Vabadussoja_Ajaloo_Komitee, lk 20
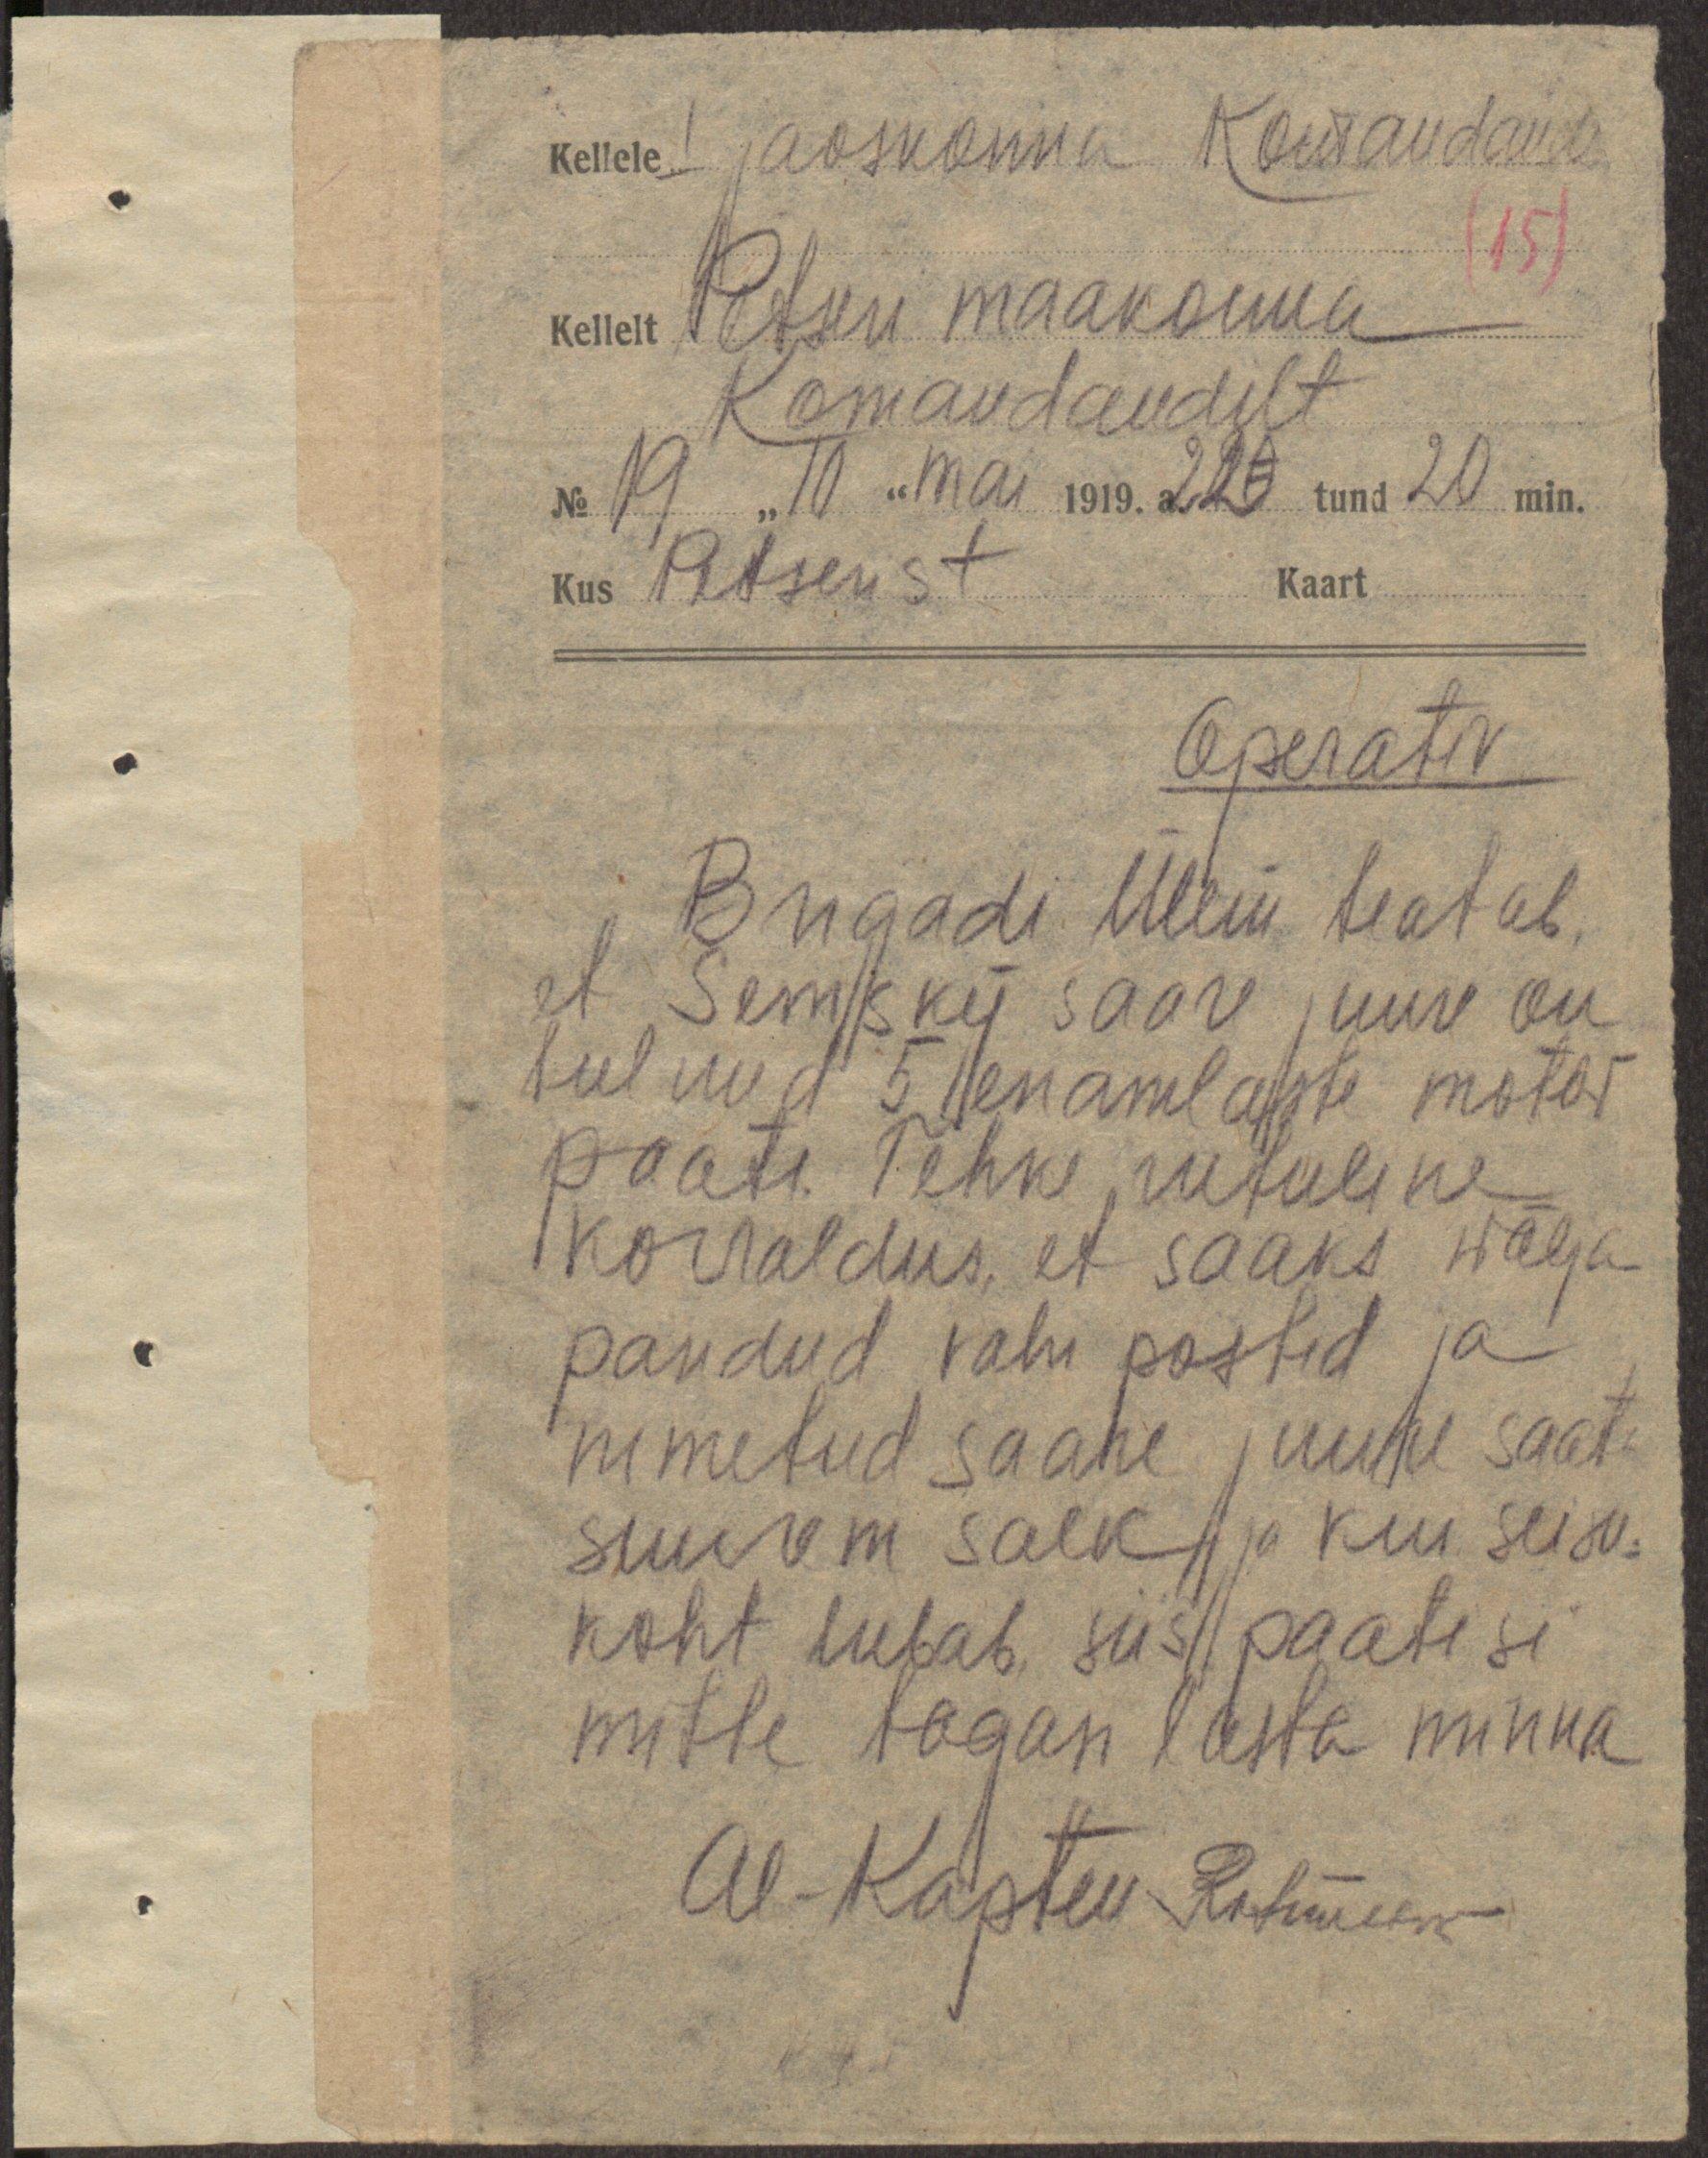
Kellele I jaoskonna komandandile
(15)
Kellelt Petseri maakonna
Komandandilt
No 19 "10" Mai 1919. 22 tund 20 min.
Kus Petserist. Kaart

Operativ
Brigadi ülem teatab,
et Semsky saare juure on
tulnud 5 enamlaste motor-
paati. Tehke rutuline
korraldus, et saaks wälja
pandud vahi postid ja
nimetud saare juure saata
suurem salk ja kui seisu-
koht lubab siis paatisi
mitte tagasi lasta minna
Al-Kapten Rosmann